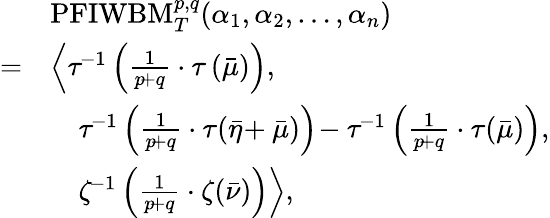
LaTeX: \begin{array}{rl}&{\mathrm{PFIWBM}_{T}^{p,q}(\alpha_{1},\alpha_{2},\ldots,\alpha_{n})}\\ {=}&{\left\langle\tau^{\! -1}\left(\frac{1}{p\! +q}\cdot\tau\left(\bar{\mu}\right)\right)\right.,}\\ &{\quad\tau^{\! -1}\left(\frac{1}{p\! +q}\cdot\tau(\bar{\eta}\! +\bar{\mu})\right)\! -\tau^{\! -1}\left(\frac{1}{p\! +q}\cdot\tau(\bar{\mu})\right),}\\ &{\quad\left.\zeta^{\! -1}\left(\frac{1}{p\! +q}\cdot\zeta(\bar{\nu})\right)\right\rangle,}\end{array}